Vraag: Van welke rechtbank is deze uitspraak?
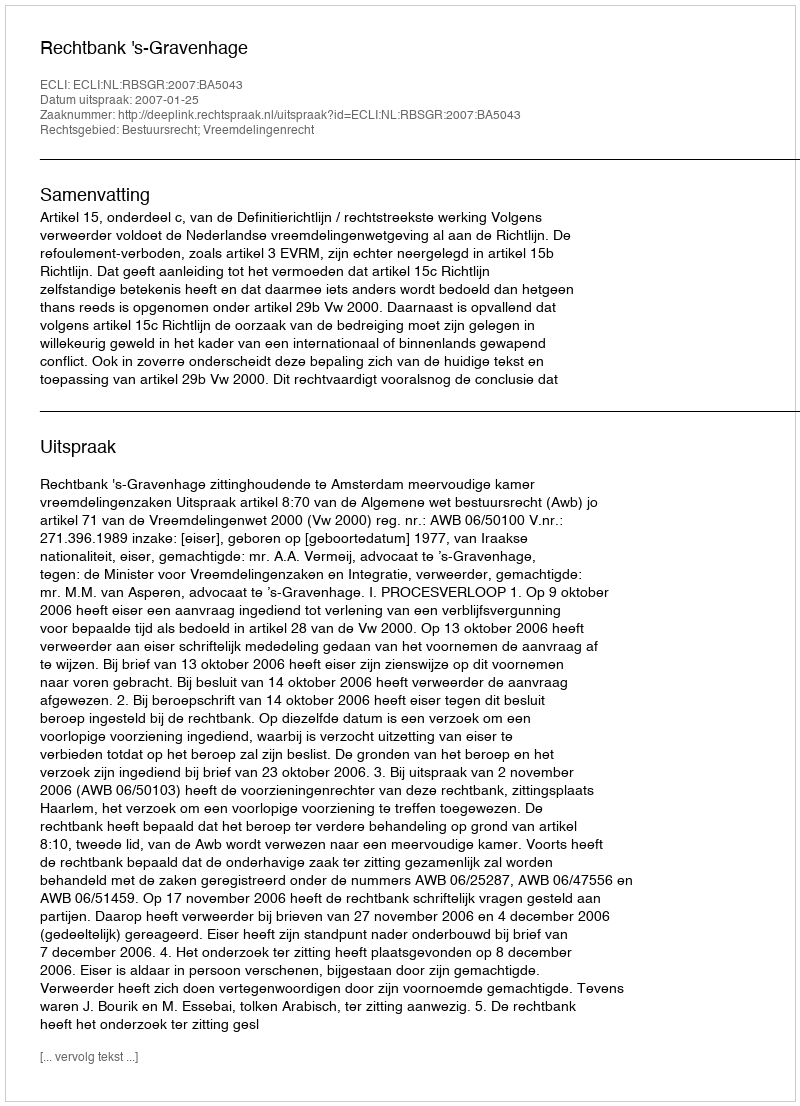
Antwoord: Rechtbank 's-Gravenhage